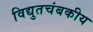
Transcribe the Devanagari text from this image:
विद्युतचंबकीय